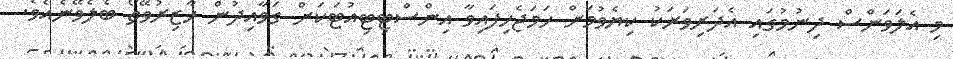
މި އެލަވަންސް ދިނުމުގައި އެދަރިވަރަކު ކިޔެވުމަށް ހަމަޖެހިފައިވާ އިންސްޓިޓިއުޓަކަށް ގަވާއިދުން ހާޒިރުވޭތޯ ބެލެވޭނެއެވެ.